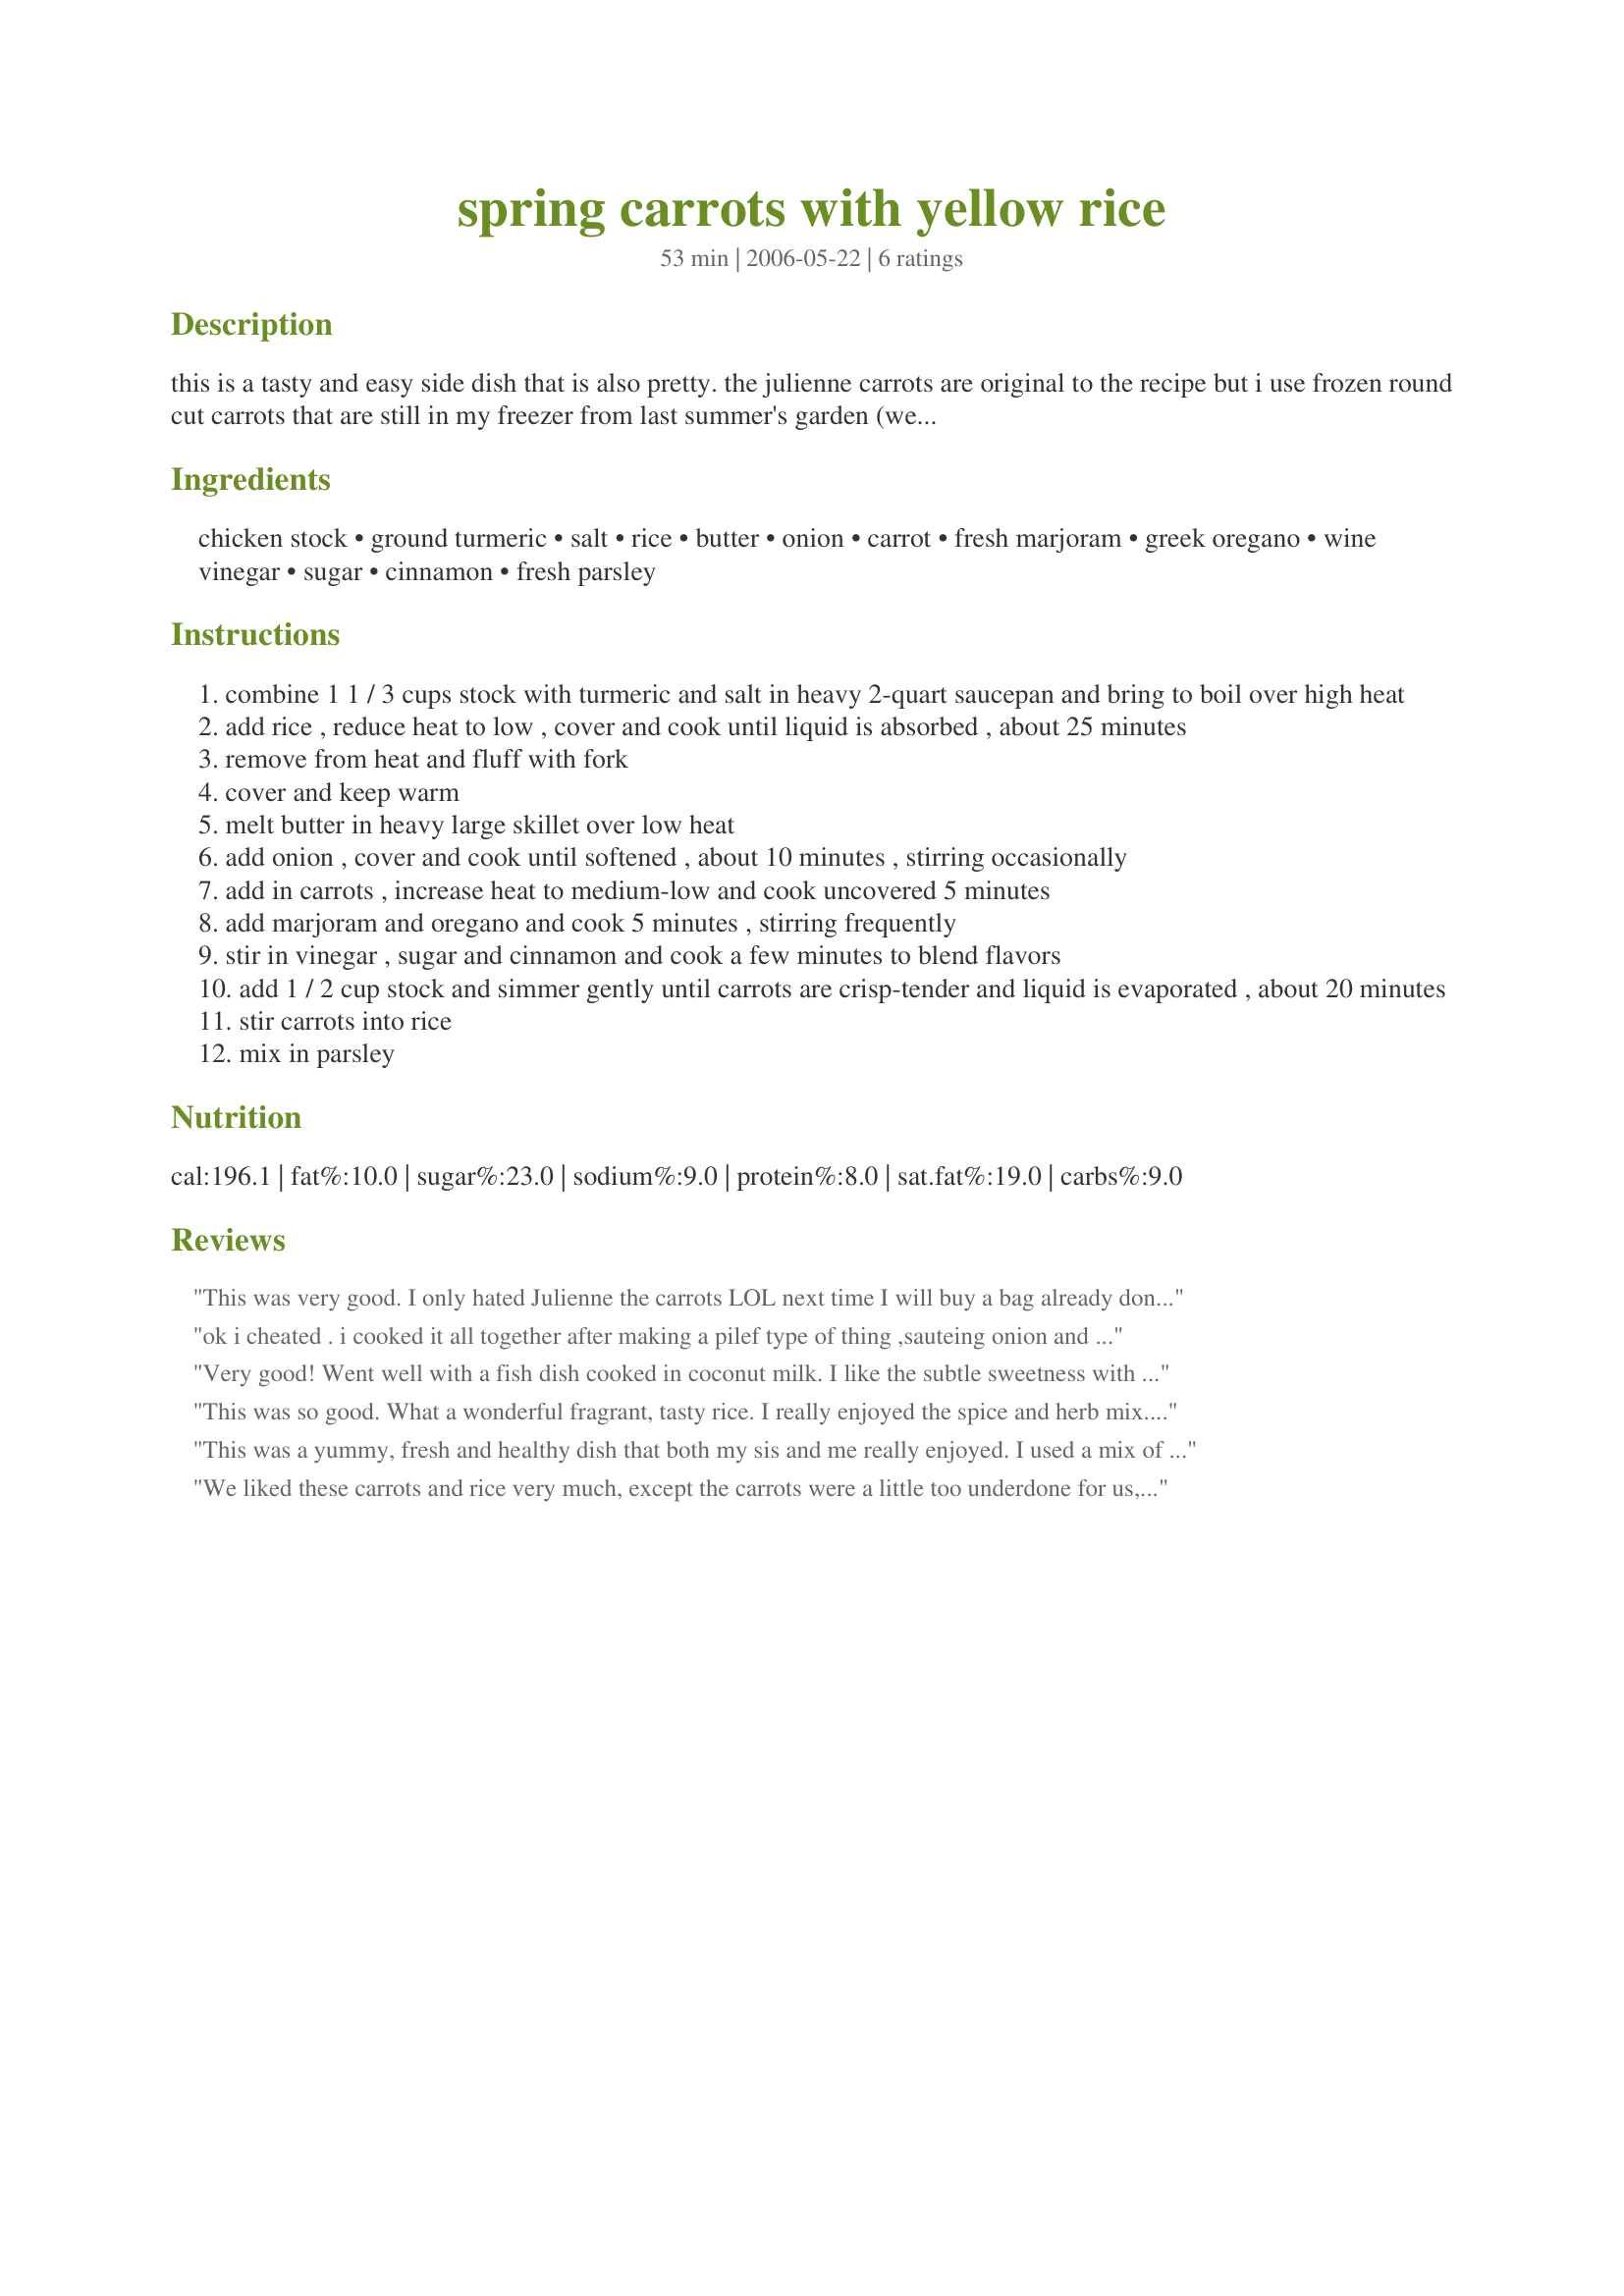
spring carrots with yellow rice
Preparation time: 53 minutes

this is a tasty and easy side dish that is also pretty. the julienne carrots are original to the recipe but i use frozen round cut carrots that are still in my freezer from last summer's garden (we had a lot of carrots!) and they work perfectly. that pretty much eliminates all prep time. it reads like a lot of steps but it isn't and goes quickly. i also cut way down on the butter and still get good results and i also find that the given cooking times for the veggies is overlong for my taste. i got this from epicurious.

Ingredients:
chicken stock, ground turmeric, salt, rice, butter, onion, carrot, fresh marjoram, greek oregano, wine vinegar, sugar, cinnamon, fresh parsley

Steps:
combine 1 1 / 3 cups stock with turmeric and salt in heavy 2-quart saucepan and bring to boil over high heat
add rice , reduce heat to low , cover and cook until liquid is absorbed , about 25 minutes
remove from heat and fluff with fork
cover and keep warm
melt butter in heavy large skillet over low heat
add onion , cover and cook until softened , about 10 minutes , stirring occasionally
add in carrots , increase heat to medium-low and cook uncovered 5 minutes
add marjoram and oregano and cook 5 minutes , stirring frequently
stir in vinegar , sugar and cinnamon and cook a few minutes to blend flavors
add 1 / 2 cup stock and simmer gently until carrots are crisp-tender and liquid is evaporated , about 20 minutes
stir carrots into rice
mix in parsley

Reviews:
This was very good. I only hated Julienne the carrots LOL next time I will buy a bag already done! Besides that it was easy and enjoyed by the family. Made for Zaar Chef Alphabet Soup Game July 09
ok i cheated . i cooked it all together after making a pilef type of thing ,sauteing onion and carrot them adding the 1st chicken stock not the second , but the rest of ingredients . i liked it very much
Very good! Went well with a fish dish cooked in coconut milk. I like the subtle sweetness with the sugar and vinegar. ( I used rice vinegar, because I didn't have wine vinegar). I also cut cooking time because I wanted the carrots crunchy. Will be making this again, with a roast chicken. Thanks for posting this!
This was so good. What a wonderful fragrant, tasty rice. I really enjoyed the spice and herb mix. This is such a tasty tasty dish. It was easy to make with excellant results. Even my picky dh loved it.
Thanks for sharing Annacia, I will be making this often....Kudos
This was a yummy, fresh and healthy dish that both my sis and me really enjoyed. I used a mix of rice, wild rice, barley, oat kernels and buckwheat as that's what I had on hand and it added a nice chewy texture and nutty flavour to the meal. I really enjoyed the cinnamon and marjoram, but would have liked a tad more flavour. Maybe next time Ill just double or triple the stated amounts. As I didnt have enough carrot, I used a mix of both carrot and parsnip, which was yummy.<br/>All in all a lovely dish, which was easy to prepare and tasted yummy. Thank you so much for sharing it here with us, Annacia!<br/>Made and reviewed for Zaar Stars December 2010.
We liked these carrots and rice very much, except the carrots were a little too underdone for us, less than "tender crisp". We loved the flavours , a wonderful combination of herbs vinegar etc. I will make it again, probably par boil the carrots first. I did cook the rice longer because I used brown rice which work beautifully.
thanks for posting.
